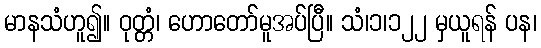
မာနသံဟူ၍။ ဝုတ္တံ၊ ဟောတော်မူအပ်ပြီ။ သံ၊၁၊၁၂၂ မှယူရန် ပန၊